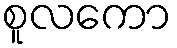
စူလကော